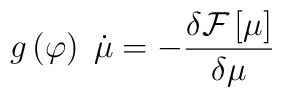
g\left( \varphi \right) \;\dot{\mu}=-\frac{\delta {\cal F}\left[ \mu \right] }{\delta \mu }